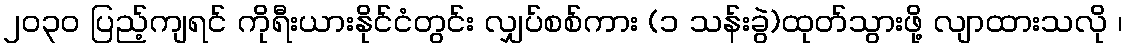
၂၀၃၀ ပြည့်ကျရင် ကိုရီးယားနိုင်ငံတွင်း လျှပ်စစ်ကား (၁ သန်းခွဲ)ထုတ်သွားဖို့ လျာထားသလို ၊